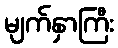
မျက်နှာကြီး